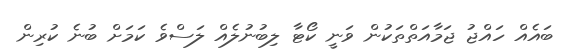
ބައެއް ހައްޖު ޖަމާއަތްތަކުން ވަނީ ކޯޓާ ލިބުނުލެއް ލަސްވެ ކަމަށް ބުނެ ކުރިން